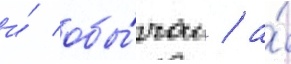
и́ обы́чаи / а́